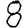
Digit: 8